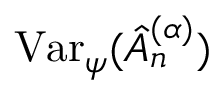
\mathrm { V a r } _ { \psi } ( \hat { A } _ { n } ^ { ( \alpha ) } )